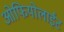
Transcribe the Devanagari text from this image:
ओफियोलाईट